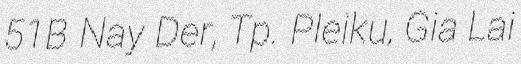
51B Nay Der, Tp. Pleiku, Gia Lai